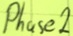
Text: Phase2